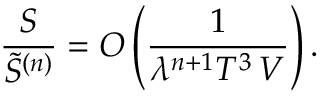
\frac { S } { \tilde { S } ^ { ( n ) } } = O \left( \frac { 1 } { \lambda ^ { n + 1 } { \cal T } ^ { 3 } \, V } \right) .